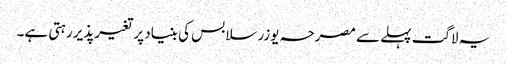
یہ لاگت پہلے سے مصرحہ یوزر سلابس کی بنیاد پر تغیرپذیر رہتی ہے۔